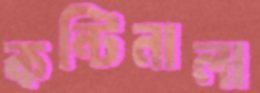
কন্টিনালা